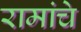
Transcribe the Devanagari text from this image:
रामांचे